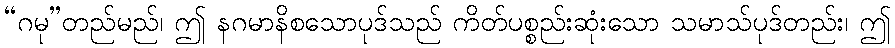
“ဂမု”တည်မည်၊ ဤ နဂမာနိစသောပုဒ်သည် ကိတ်ပစ္စည်းဆုံးသော သမာသ်ပုဒ်တည်း၊ ဤ